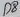
Text: D8